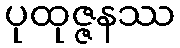
ပုထုဇ္ဇနဿ